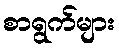
စာရွက်များ